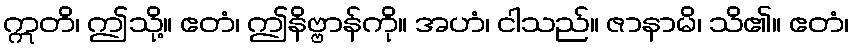
ဣတိ၊ ဤသို့။ ဧတံ၊ ဤနိဗ္ဗာန်ကို။ အဟံ၊ ငါသည်။ ဇာနာမိ၊ သိ၏။ ဧတံ၊